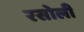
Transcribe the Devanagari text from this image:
रसोली